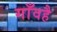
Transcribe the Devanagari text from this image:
गाँवहै